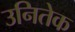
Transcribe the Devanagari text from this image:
उनितेक